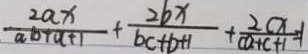
\frac { 2 a x } { a b + a + 1 } + \frac { 2 b x } { b c + b + 1 } + \frac { 2 c x } { c a + c + 1 } = 1